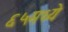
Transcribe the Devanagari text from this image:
६५मध्ये